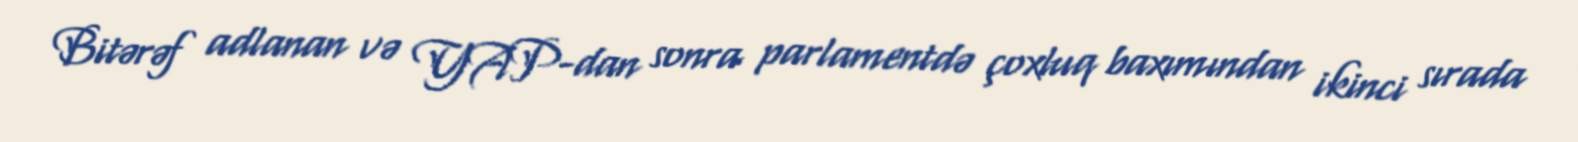
Bitərəf adlanan və YAP-dan sonra parlamentdə çoxluq baxımından ikinci sırada